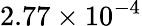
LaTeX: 2.77\times 10^{-4}